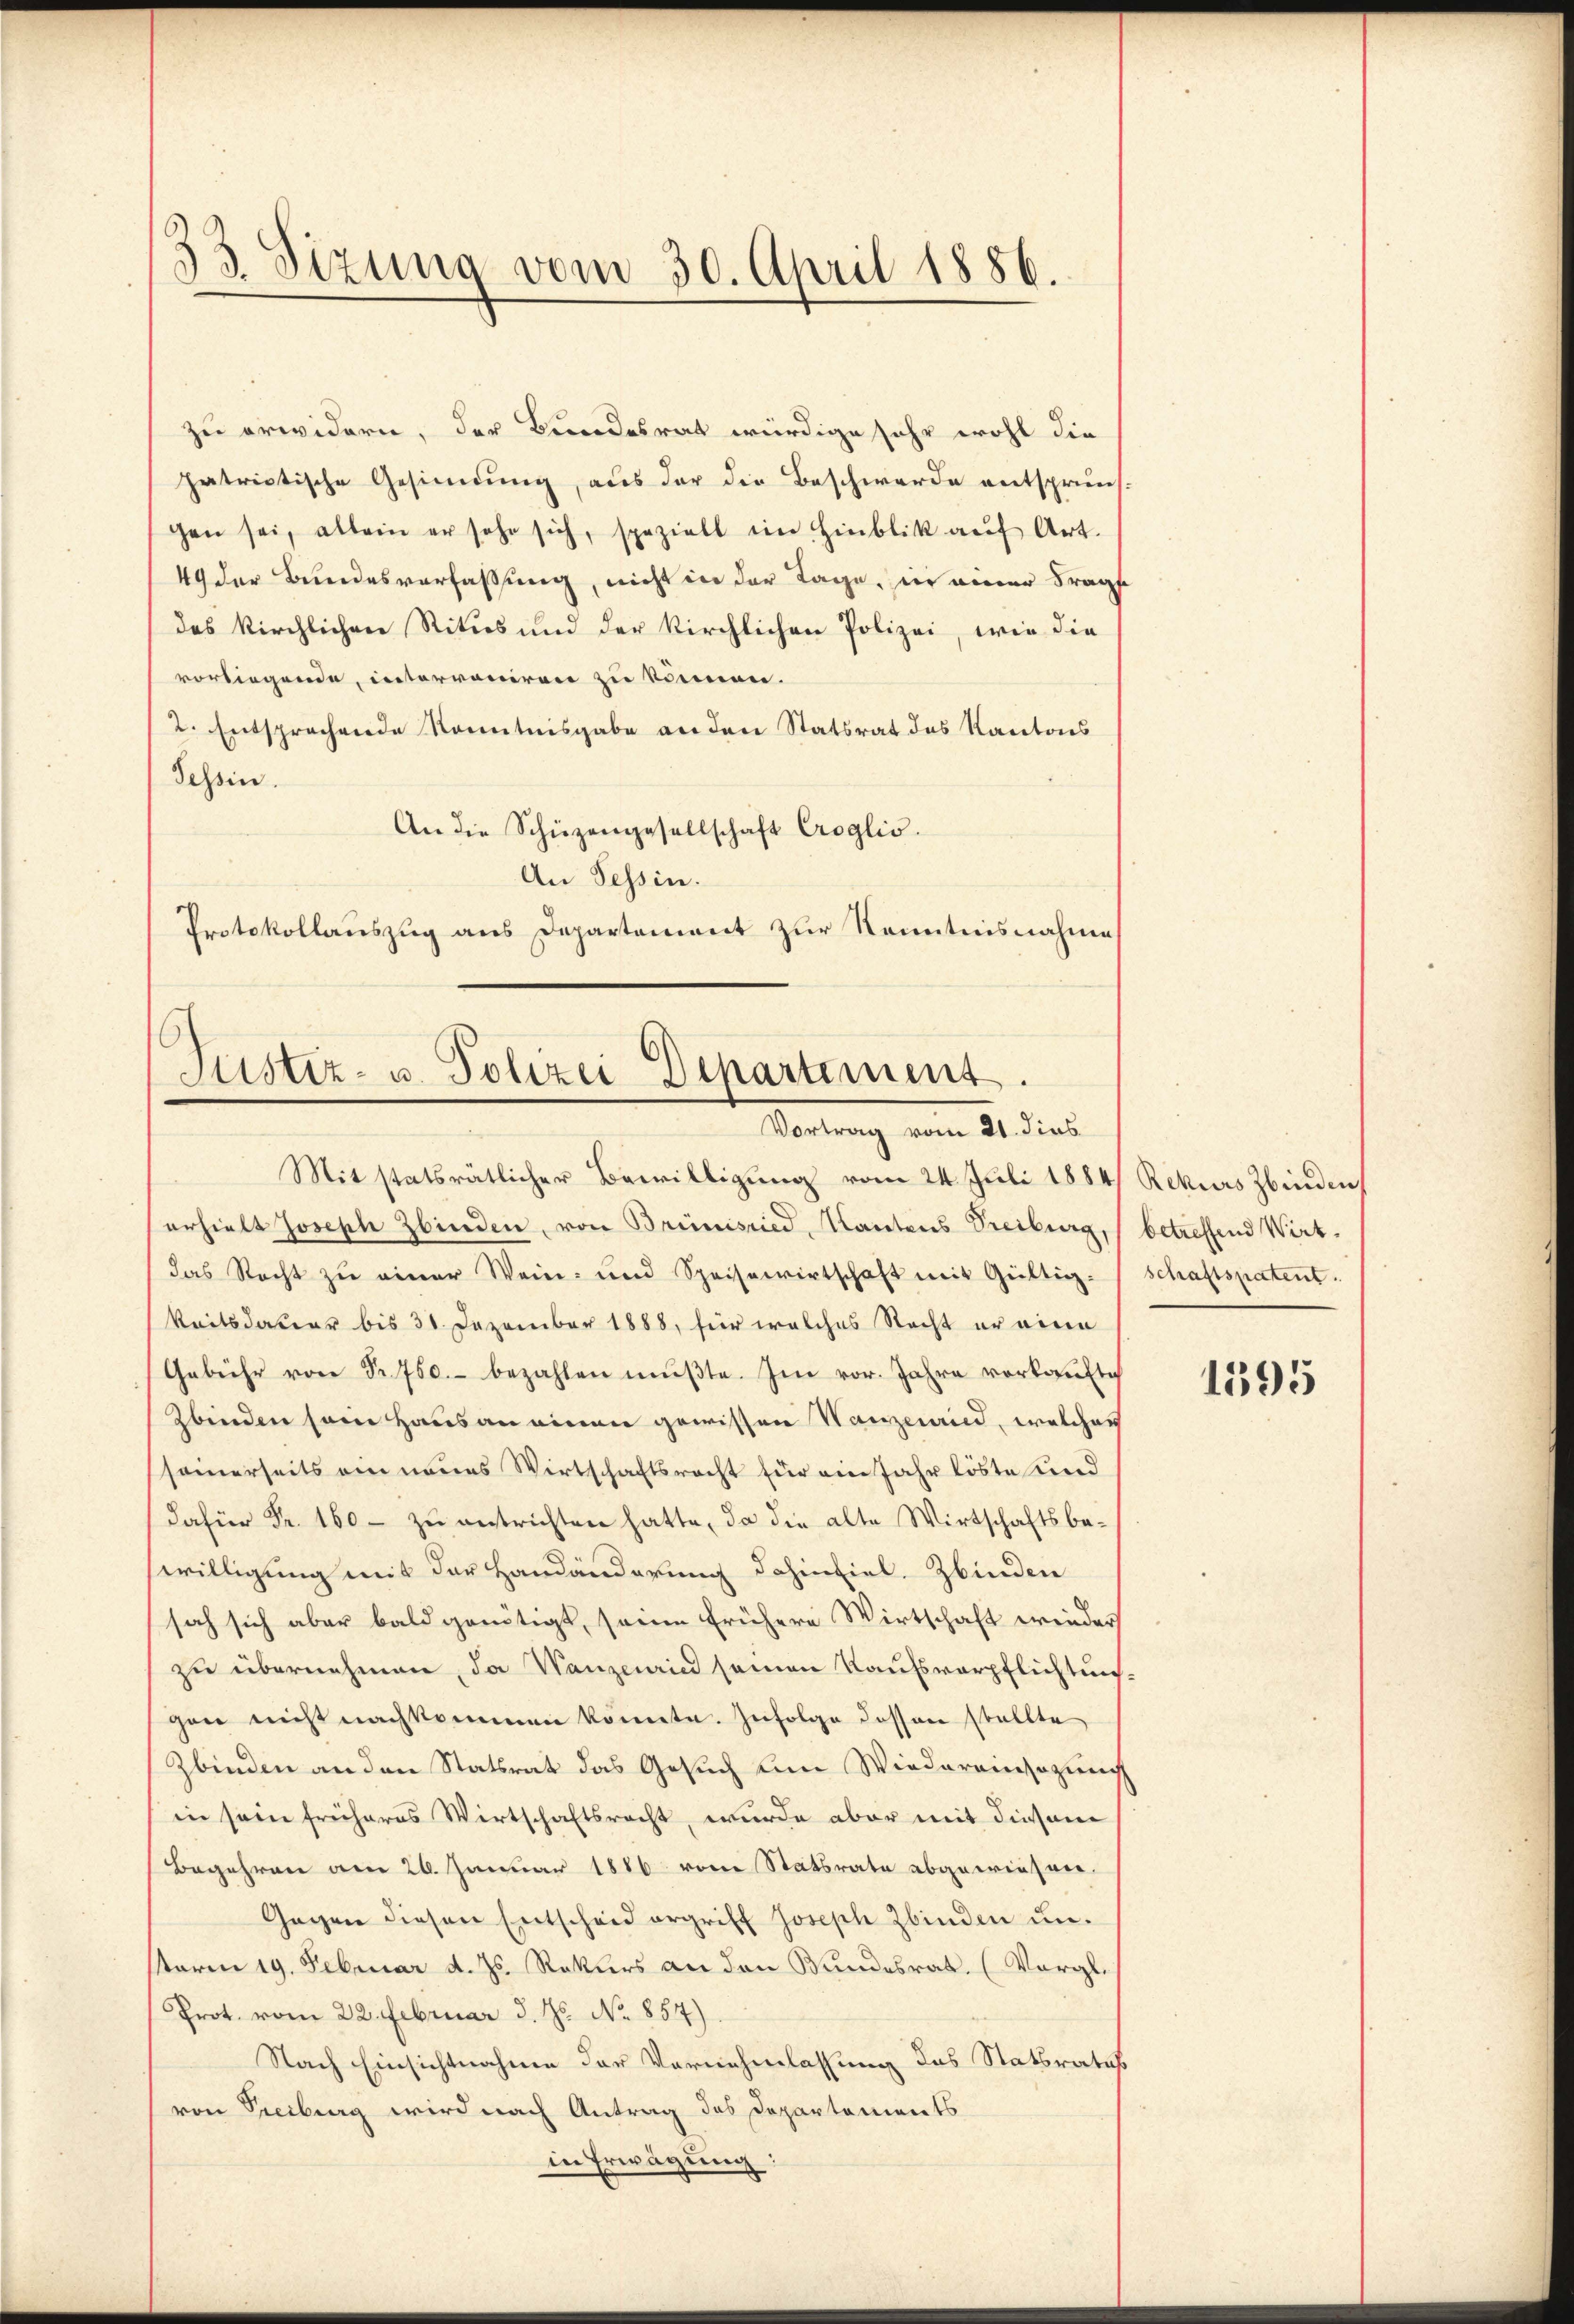
zu erwidern, der Bundesrat würdige sehr wohl die
patrictische Gesinnung, aus der die Beschwerde entsprüns-
gen sei, allein er sehe sich, spezielt im Hinblik aŭf Art.
49 der Bundesverfassung, nicht in der Tage, in einer Frage
das kirchlichen Ritus und der kirchlichen Polizei, wie die
vorliegende, interroniren zu können.
2. Entsprechende Kenntnisgabe an den Statsrat des Kantons
Tessin.
An die Schüzengesellschaft Croglis.
An Tessin.
Protokollauszug aus Departement zur Kenntnisnahme

2
33. Sitzung vom 30. April 1886.

Justiz- u. Polizei Departement.
Vortrag vom 21. dies

Mit statsrätlicher Bewilligung vom 24. Juli 1884, Rekurs binden
erhielt Joseph Zbinden, von Brieisried, Kantons Treiburg, (betreffend Wirt.
das Recht zu einer Wein- und Speisewirtschaft mit Gültig. Schaftspatent.
keitsdauer bis 31. Dezember 1888, für welches Recht er eine
Gebühr von Sr. 750.- bezahlen mŭβte. Im vor. Jahre vorkaufte
Zbinden sein Haus an einen gewissene Wanzend, welcher
seinerseits ein neues Wirtschaftsrecht für ein Jahr löste und
dafür Fr. 160 - zu entrichten hatte, da die alte Wirtschaftsbewilligung mit der Handänderung dahinfiel. Zbinden
sah sich aber bald genötigt, seine frühere Wirtschaft wieder
zu übernehmen, da Wanzerin seinen Kaufsverpflichtungen nicht nachkommen könnte. Zufolge dessen stellte
Zbinden an den Statsrat das Gesuch um Wiedereinsezung
in sein früheres Wirtschaftsrecht, wurde aber mit diesem
Begehren am 26. Januar 1886 vom Statsrate abgewiesen.
Gegen diesen Entscheid ergriff Joseph Zbinden unterm 19. Februar d. Js. Rekurs an den Bundesrat. (Vergl.
Prot. vom 22. Februar d. Js. No 857).
Nach Einsichtnahme der Vernehmlassung das Statsrates
von Treiburg wird nach Antrag des Departements
in Erwägung

1595